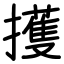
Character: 擭